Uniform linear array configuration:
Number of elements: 32
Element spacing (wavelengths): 0.75
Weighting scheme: binomial
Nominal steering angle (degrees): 60
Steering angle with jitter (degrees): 61.753
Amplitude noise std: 0.05
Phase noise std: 0.05

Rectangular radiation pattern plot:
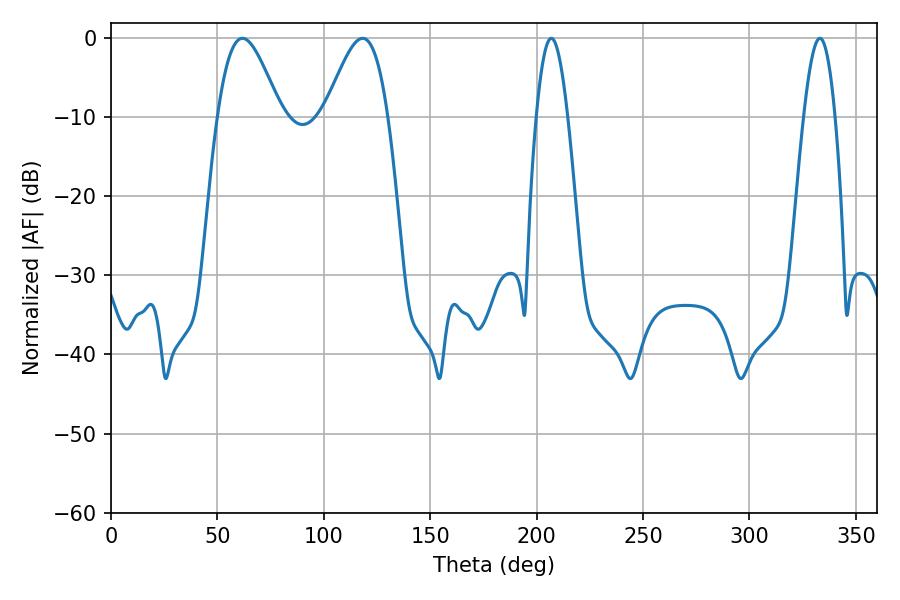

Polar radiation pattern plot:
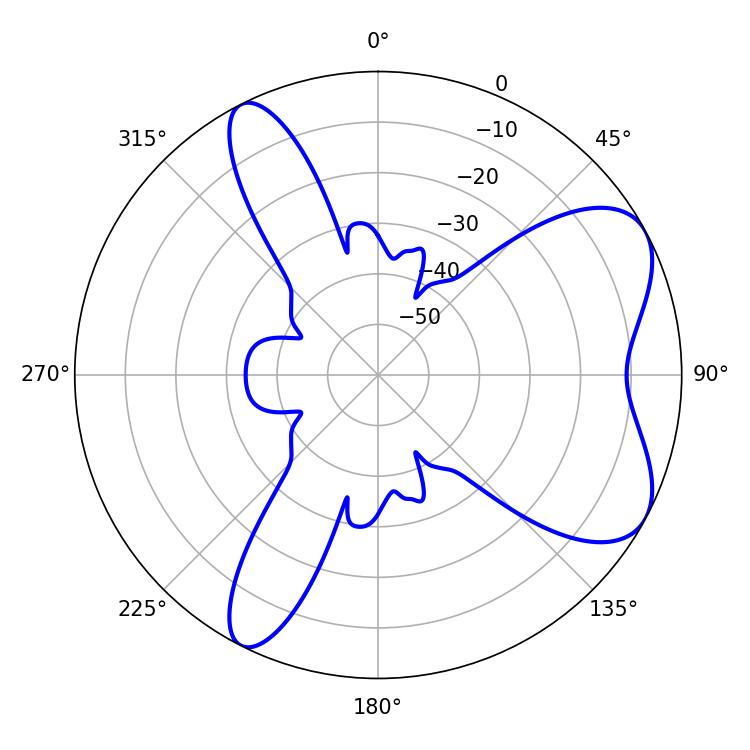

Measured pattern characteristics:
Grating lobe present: TRUE
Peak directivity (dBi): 6.721
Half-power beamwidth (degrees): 15.84
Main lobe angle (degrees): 61.74